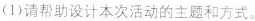
(1)请帮助设计本次活动的主题和方式。